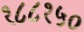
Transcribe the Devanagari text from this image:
१८८१५०